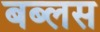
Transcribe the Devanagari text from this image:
बब्लस